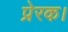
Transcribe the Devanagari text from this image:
प्रेरक।